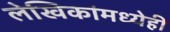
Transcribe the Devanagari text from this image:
लेखिकांमध्येही